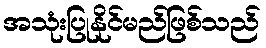
အသုံးပြုနိုင်မည်ဖြစ်သည်